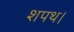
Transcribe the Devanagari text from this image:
शपथ।